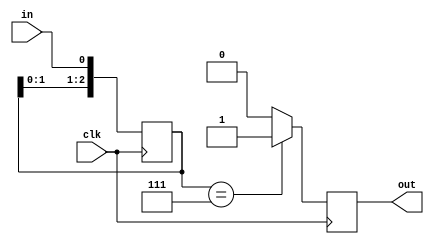
`timescale 1ns / 1ps

// 110
module debouncer (
    input clk,
    input in,
    output reg out
);
  reg [2:0] delay;
  initial {delay} = 3'b000;

  always @(posedge clk) begin
    delay[0] <= in;
    delay[1] <= delay[0];
    delay[2] <= delay[1];
  end

  always @(posedge clk)
    if ({delay} == 3'b111) out = 1;
    else out = 0;
endmodule